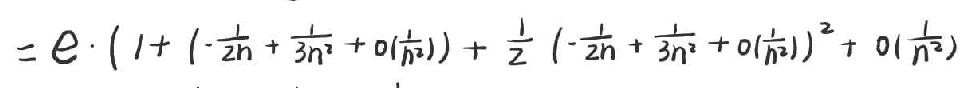
\( = e\cdot\left(1+\left(-\frac{1}{2n}+\frac{3}{2n^2}+o\left(\frac{1}{n^2}\right)\right)+\frac{1}{2}\left(-\frac{1}{2n}+\frac{3}{2n^2}+o\left(\frac{1}{n^2}\right)\right)^2+o\left(\frac{1}{n^2}\right)\right)\)